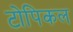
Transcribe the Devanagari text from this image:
टोपिकल